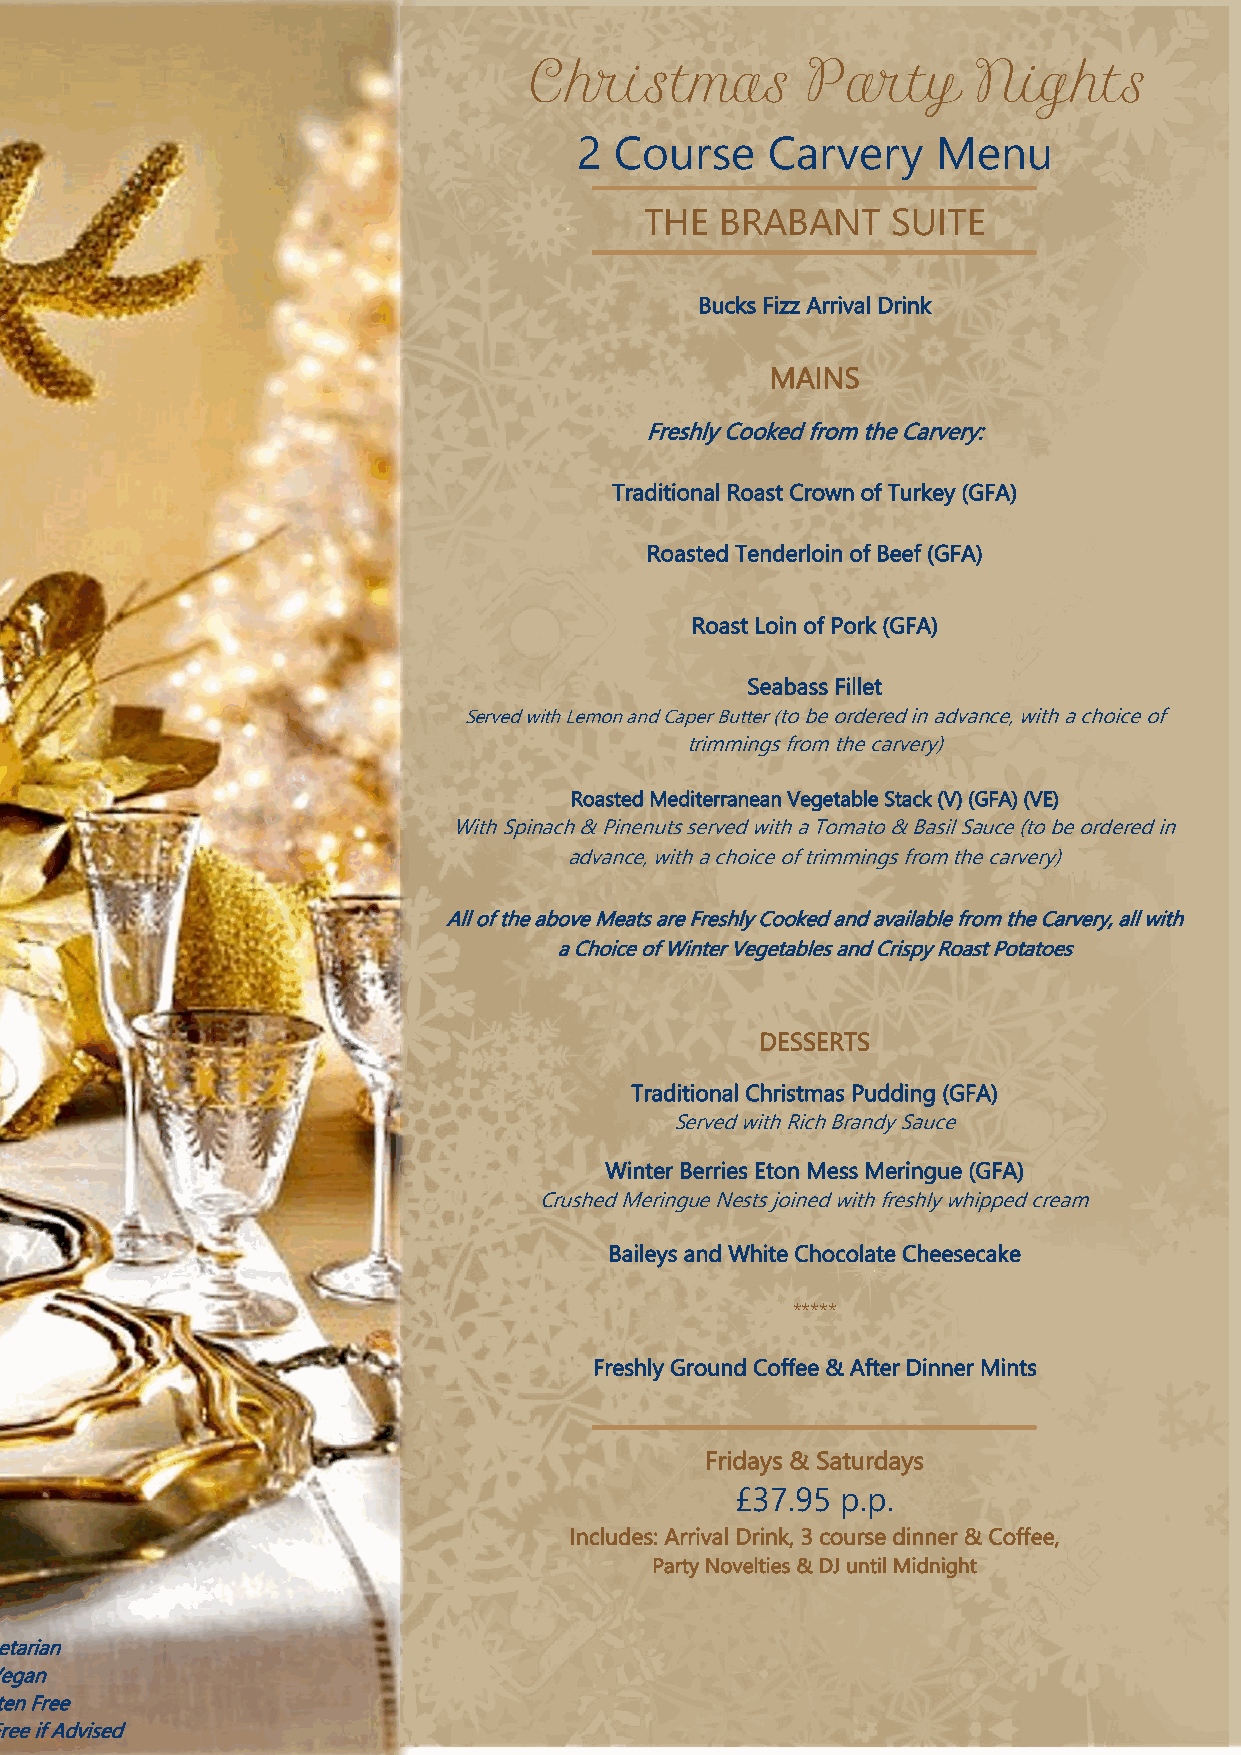
Christmas         Party      Nights
 2  Course    Carvery    Menu
 THE  BRABANT    SUITE
 Bucks Fizz Arrival Drink
 MAINS
 Freshly Cooked from the Carvery:
 Traditional Roast Crown of Turkey (GFA)
 Roasted Tenderloin of Beef (GFA)
 Roast Loin of Pork (GFA)
 Seabass Fillet
 Served with Lemon and Caper Butter (to be ordered in advance, with a choice of
 trimmings from the carvery)
 Roasted Mediterranean Vegetable Stack (V) (GFA) (VE)
 With Spinach & Pinenuts served with a Tomato & Basil Sauce (to be ordered in
 advance, with a choice of trimmings from the carvery)
 All of the above Meats are Freshly Cooked and available from the Carvery, all with
 a Choice of Winter Vegetables and Crispy Roast Potatoes
 DESSERTS
 Traditional Christmas Pudding (GFA)
 Served with Rich Brandy Sauce
 Winter Berries Eton Mess Meringue (GFA)
 Crushed Meringue Nests joined with freshly whipped cream
 Baileys and White Chocolate Cheesecake
 *****
 Freshly Ground Coffee & After Dinner Mints
 Fridays & Saturdays
 £37.95 p.p.
 Includes: Arrival Drink, 3 course dinner & Coffee,
 Party Novelties & DJ until Midnight
 Vegetarian
 Vegan
 Gluten Free
 Gluten Free if Advised